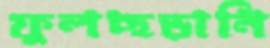
ফুলছড়ানি